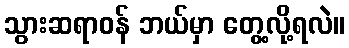
သွားဆရာဝန် ဘယ်မှာ တွေ့လို့ရလဲ။